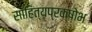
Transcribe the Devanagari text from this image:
साहित्यप्रक्षोभ